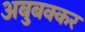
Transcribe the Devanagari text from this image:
अबुबक्कर